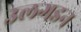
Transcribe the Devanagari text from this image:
उलगडन